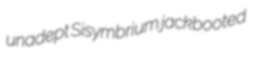
unadept Sisymbrium jackbooted